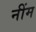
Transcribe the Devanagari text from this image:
नींम